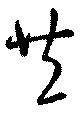
共